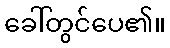
ခေါ်တွင်ပေ၏။